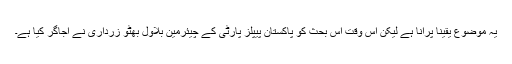
یہ موضوع یقیناً پرانا ہے لیکن اس وقت اس بحث کو پاکستان پیپلز پارٹی کے چیئرمین بلاول بھٹو زرداری نے اجاگر کیا ہے۔